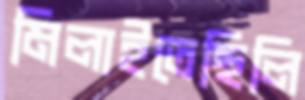
মিলাইতেছিলি